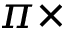
\pi \times